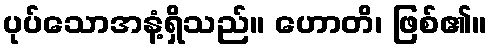
ပုပ်သောအနံ့ရှိသည်။ ဟောတိ၊ ဖြစ်၏။